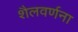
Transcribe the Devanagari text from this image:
शैलवर्णना